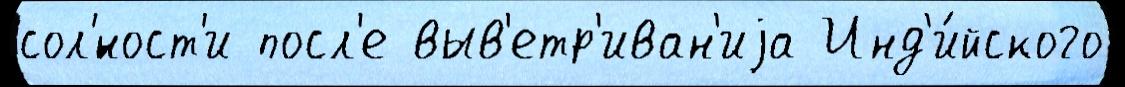
сол'́ност'и посл'е выв'етр'иван'иjа Инд'и́йского